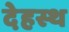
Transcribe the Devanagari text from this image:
देहस्थ